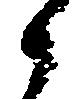
候